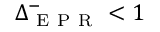
\Delta _ { \mathrm { ~ E ~ P ~ R ~ } } ^ { - } < 1